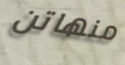
منهاتن